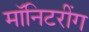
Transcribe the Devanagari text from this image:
मॉनिटरींग